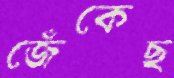
জেঁকেছ